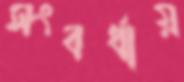
সংবর্ধায়